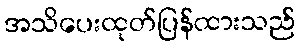
အသိပေးထုတ်ပြန်ထားသည်